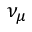
\nu _ { \mu }